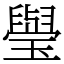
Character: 㼂